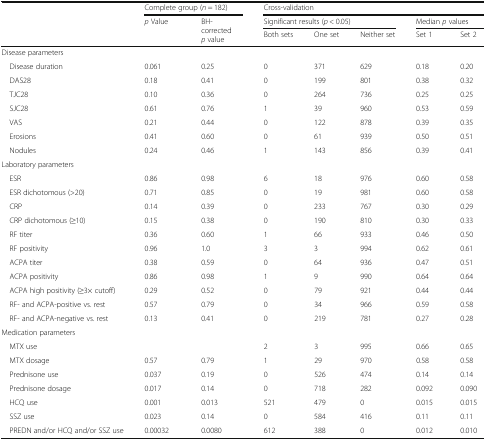
<table><thead><tr><td rowspan="3"></td><td colspan="2"><b>Complete group (<i>n</i> = 182)</b></td><td colspan="5"><b>Cross-validation</b></td></tr><tr><td rowspan="2"><b><i>p</i> Value</b></td><td rowspan="2"><b>BH-corrected<i>p</i> value</b></td><td colspan="3"><b>Significant results (<i>p</i> &lt; 0.05)</b></td><td colspan="2"><b>Median <i>p</i> values</b></td></tr><tr><td><b>Both sets</b></td><td><b>One set</b></td><td><b>Neither set</b></td><td><b>Set 1</b></td><td><b>Set 2</b></td></tr></thead><tbody><tr><td colspan="8">Disease parameters</td></tr><tr><td> Disease duration</td><td>0.061</td><td>0.25</td><td>0</td><td>371</td><td>629</td><td>0.18</td><td>0.20</td></tr><tr><td> DAS28</td><td>0.18</td><td>0.41</td><td>0</td><td>199</td><td>801</td><td>0.38</td><td>0.32</td></tr><tr><td> TJC28</td><td>0.10</td><td>0.36</td><td>0</td><td>264</td><td>736</td><td>0.25</td><td>0.25</td></tr><tr><td> SJC28</td><td>0.61</td><td>0.76</td><td>1</td><td>39</td><td>960</td><td>0.53</td><td>0.59</td></tr><tr><td> VAS</td><td>0.21</td><td>0.44</td><td>0</td><td>122</td><td>878</td><td>0.39</td><td>0.35</td></tr><tr><td> Erosions</td><td>0.41</td><td>0.60</td><td>0</td><td>61</td><td>939</td><td>0.50</td><td>0.51</td></tr><tr><td> Nodules</td><td>0.24</td><td>0.46</td><td>1</td><td>143</td><td>856</td><td>0.39</td><td>0.41</td></tr><tr><td colspan="8">Laboratory parameters</td></tr><tr><td> ESR</td><td>0.86</td><td>0.98</td><td>6</td><td>18</td><td>976</td><td>0.60</td><td>0.58</td></tr><tr><td> ESR dichotomous (&gt;20)</td><td>0.71</td><td>0.85</td><td>0</td><td>19</td><td>981</td><td>0.60</td><td>0.58</td></tr><tr><td> CRP</td><td>0.14</td><td>0.39</td><td>0</td><td>233</td><td>767</td><td>0.30</td><td>0.29</td></tr><tr><td> CRP dichotomous (≥10)</td><td>0.15</td><td>0.38</td><td>0</td><td>190</td><td>810</td><td>0.30</td><td>0.33</td></tr><tr><td> RF titer</td><td>0.36</td><td>0.60</td><td>1</td><td>66</td><td>933</td><td>0.46</td><td>0.50</td></tr><tr><td> RF positivity</td><td>0.96</td><td>1.0</td><td>3</td><td>3</td><td>994</td><td>0.62</td><td>0.61</td></tr><tr><td> ACPA titer</td><td>0.38</td><td>0.59</td><td>0</td><td>64</td><td>936</td><td>0.47</td><td>0.51</td></tr><tr><td> ACPA positivity</td><td>0.86</td><td>0.98</td><td>1</td><td>9</td><td>990</td><td>0.64</td><td>0.64</td></tr><tr><td> ACPA high positivity (≥3× cutoff)</td><td>0.29</td><td>0.52</td><td>0</td><td>79</td><td>921</td><td>0.44</td><td>0.44</td></tr><tr><td> RF- and ACPA-positive vs. rest</td><td>0.57</td><td>0.79</td><td>0</td><td>34</td><td>966</td><td>0.59</td><td>0.58</td></tr><tr><td> RF- and ACPA-negative vs. rest</td><td>0.13</td><td>0.41</td><td>0</td><td>219</td><td>781</td><td>0.27</td><td>0.28</td></tr><tr><td colspan="8">Medication parameters</td></tr><tr><td> MTX use</td><td></td><td></td><td>2</td><td>3</td><td>995</td><td>0.66</td><td>0.65</td></tr><tr><td> MTX dosage</td><td>0.57</td><td>0.79</td><td>1</td><td>29</td><td>970</td><td>0.58</td><td>0.58</td></tr><tr><td> Prednisone use</td><td>0.037</td><td>0.19</td><td>0</td><td>526</td><td>474</td><td>0.14</td><td>0.14</td></tr><tr><td> Prednisone dosage</td><td>0.017</td><td>0.14</td><td>0</td><td>718</td><td>282</td><td>0.092</td><td>0.090</td></tr><tr><td> HCQ use</td><td>0.001</td><td>0.013</td><td>521</td><td>479</td><td>0</td><td>0.015</td><td>0.015</td></tr><tr><td> SSZ use</td><td>0.023</td><td>0.14</td><td>0</td><td>584</td><td>416</td><td>0.11</td><td>0.11</td></tr><tr><td> PREDN and/or HCQ and/or SSZ use</td><td>0.00032</td><td>0.0080</td><td>612</td><td>388</td><td>0</td><td>0.012</td><td>0.010</td></tr></tbody></table>